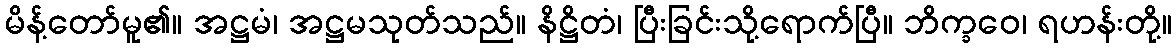
မိန့်တော်မူ၏။ အဋ္ဌမံ၊ အဋ္ဌမသုတ်သည်။ နိဋ္ဌိတံ၊ ပြီးခြင်းသို့ရောက်ပြီ။ ဘိက္ခဝေ၊ ရဟန်းတို့။